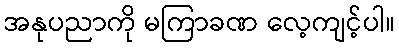
အနုပညာကို မကြာခဏ လေ့ကျင့်ပါ။